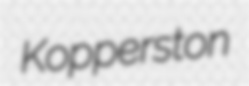
Kopperston